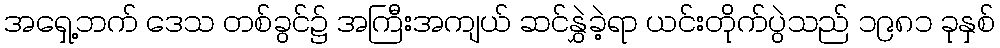
အရှေ့ဘက် ဒေသ တစ်ခွင်၌ အကြီးအကျယ် ဆင်နွှဲခဲ့ရာ ယင်းတိုက်ပွဲသည် ၁၉၈၁ ခုနှစ်